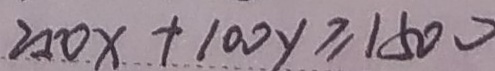
2 5 0 x + 1 0 0 y \geq 1 5 0 0